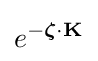
e^{-{\boldsymbol {\zeta }}\cdot \mathbf {K} }